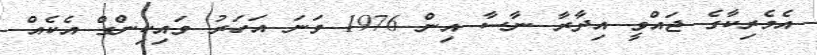
އެމެރިކާގެ ޖައްވީ އިދާރާ ނާސާ އިން 1976 ވަނަ އަހަރު ވައިކިންގް އެކެއް